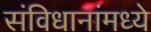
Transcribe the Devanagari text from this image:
संविधानांमध्ये